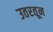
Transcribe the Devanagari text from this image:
उतरतून